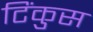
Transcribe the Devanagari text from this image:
टिंकुस